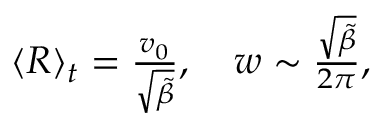
\begin{array} { r } { \langle R \rangle _ { t } = \frac { v _ { 0 } } { \sqrt { \tilde { \beta } } } , \quad w \sim \frac { \sqrt { \tilde { \beta } } } { 2 \pi } , } \end{array}